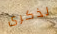
لذكرى